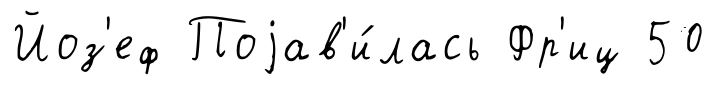
Йоз'еф Поjав'и́лась Фр'иц 50